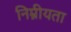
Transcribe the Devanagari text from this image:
निम्नीयता